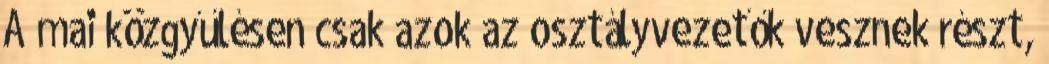
A mai közgyűlésen csak azok az osztályvezetők vesznek részt,